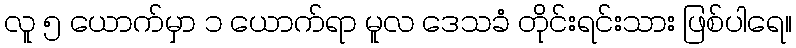
လူ ၅ ယောက်မှာ ၁ ယောက်ရာ မူလ ဒေသခံ တိုင်းရင်းသား ဖြစ်ပါရေ။